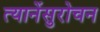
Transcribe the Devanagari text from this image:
त्यानेंसुरोचन